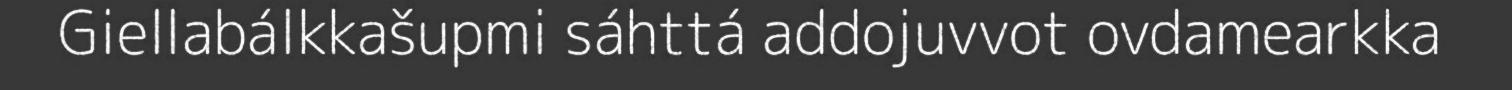
Giellabálkkašupmi sáhttá addojuvvot ovdamearkka